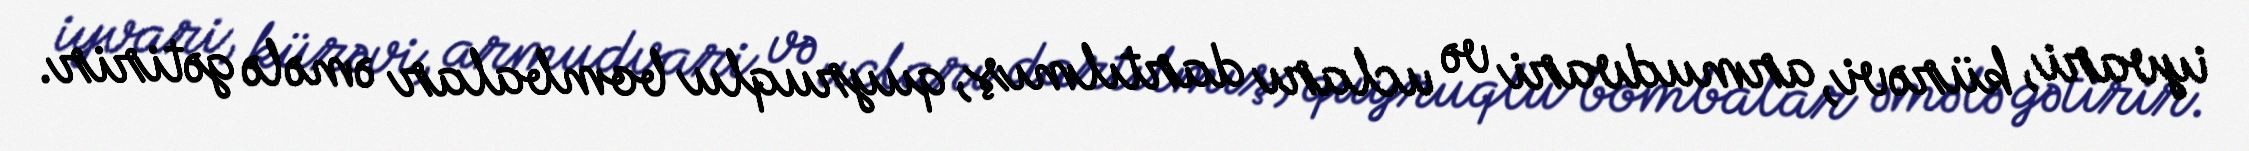
iyvari, kürəvi, armudvari və ucları dartılmış, quyruqlu bombalar əmələ gətirir.